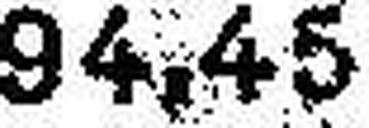
94.45